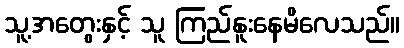
သူ့အတွေးနှင့် သူ ကြည်နူးနေမိလေသည်။